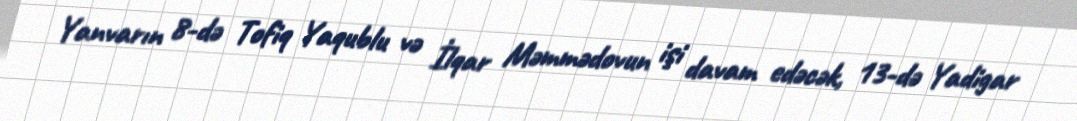
Yanvarın 8-də Tofiq Yaqublu və İlqar Məmmədovun işi davam edəcək, 13-də Yadigar